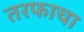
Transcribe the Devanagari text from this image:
तरफाचा